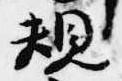
規